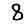
Digit: 8